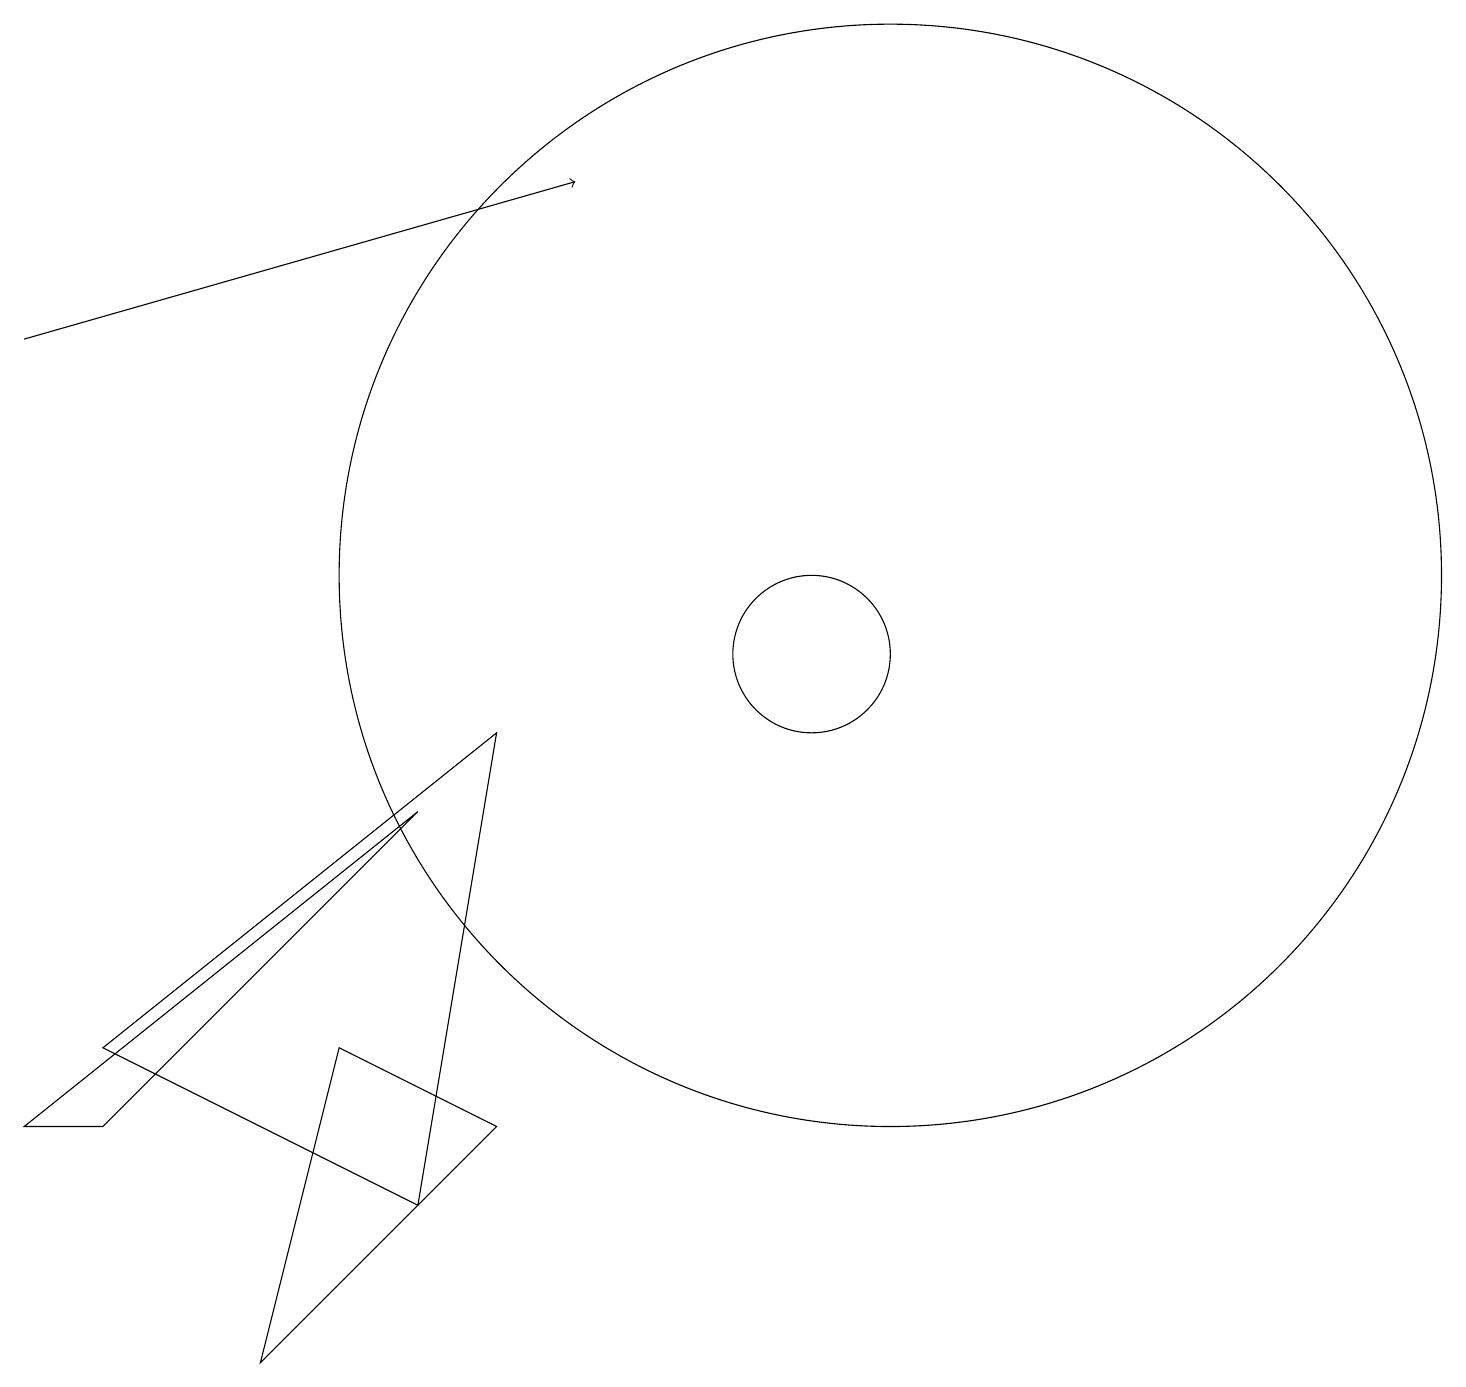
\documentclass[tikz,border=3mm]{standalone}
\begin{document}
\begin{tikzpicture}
\draw (4,5) -- (6,4) -- (3,1) -- cycle;
\draw (1,4) -- (0,4) -- (5,8) -- cycle;
\draw (6,9) -- (1,5) -- (5,3) -- cycle;
\draw (10,10) circle (1);
\draw (11,11) circle (7);
\draw[->] (0,14) -- (7,16);
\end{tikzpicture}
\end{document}